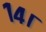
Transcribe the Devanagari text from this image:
१४।